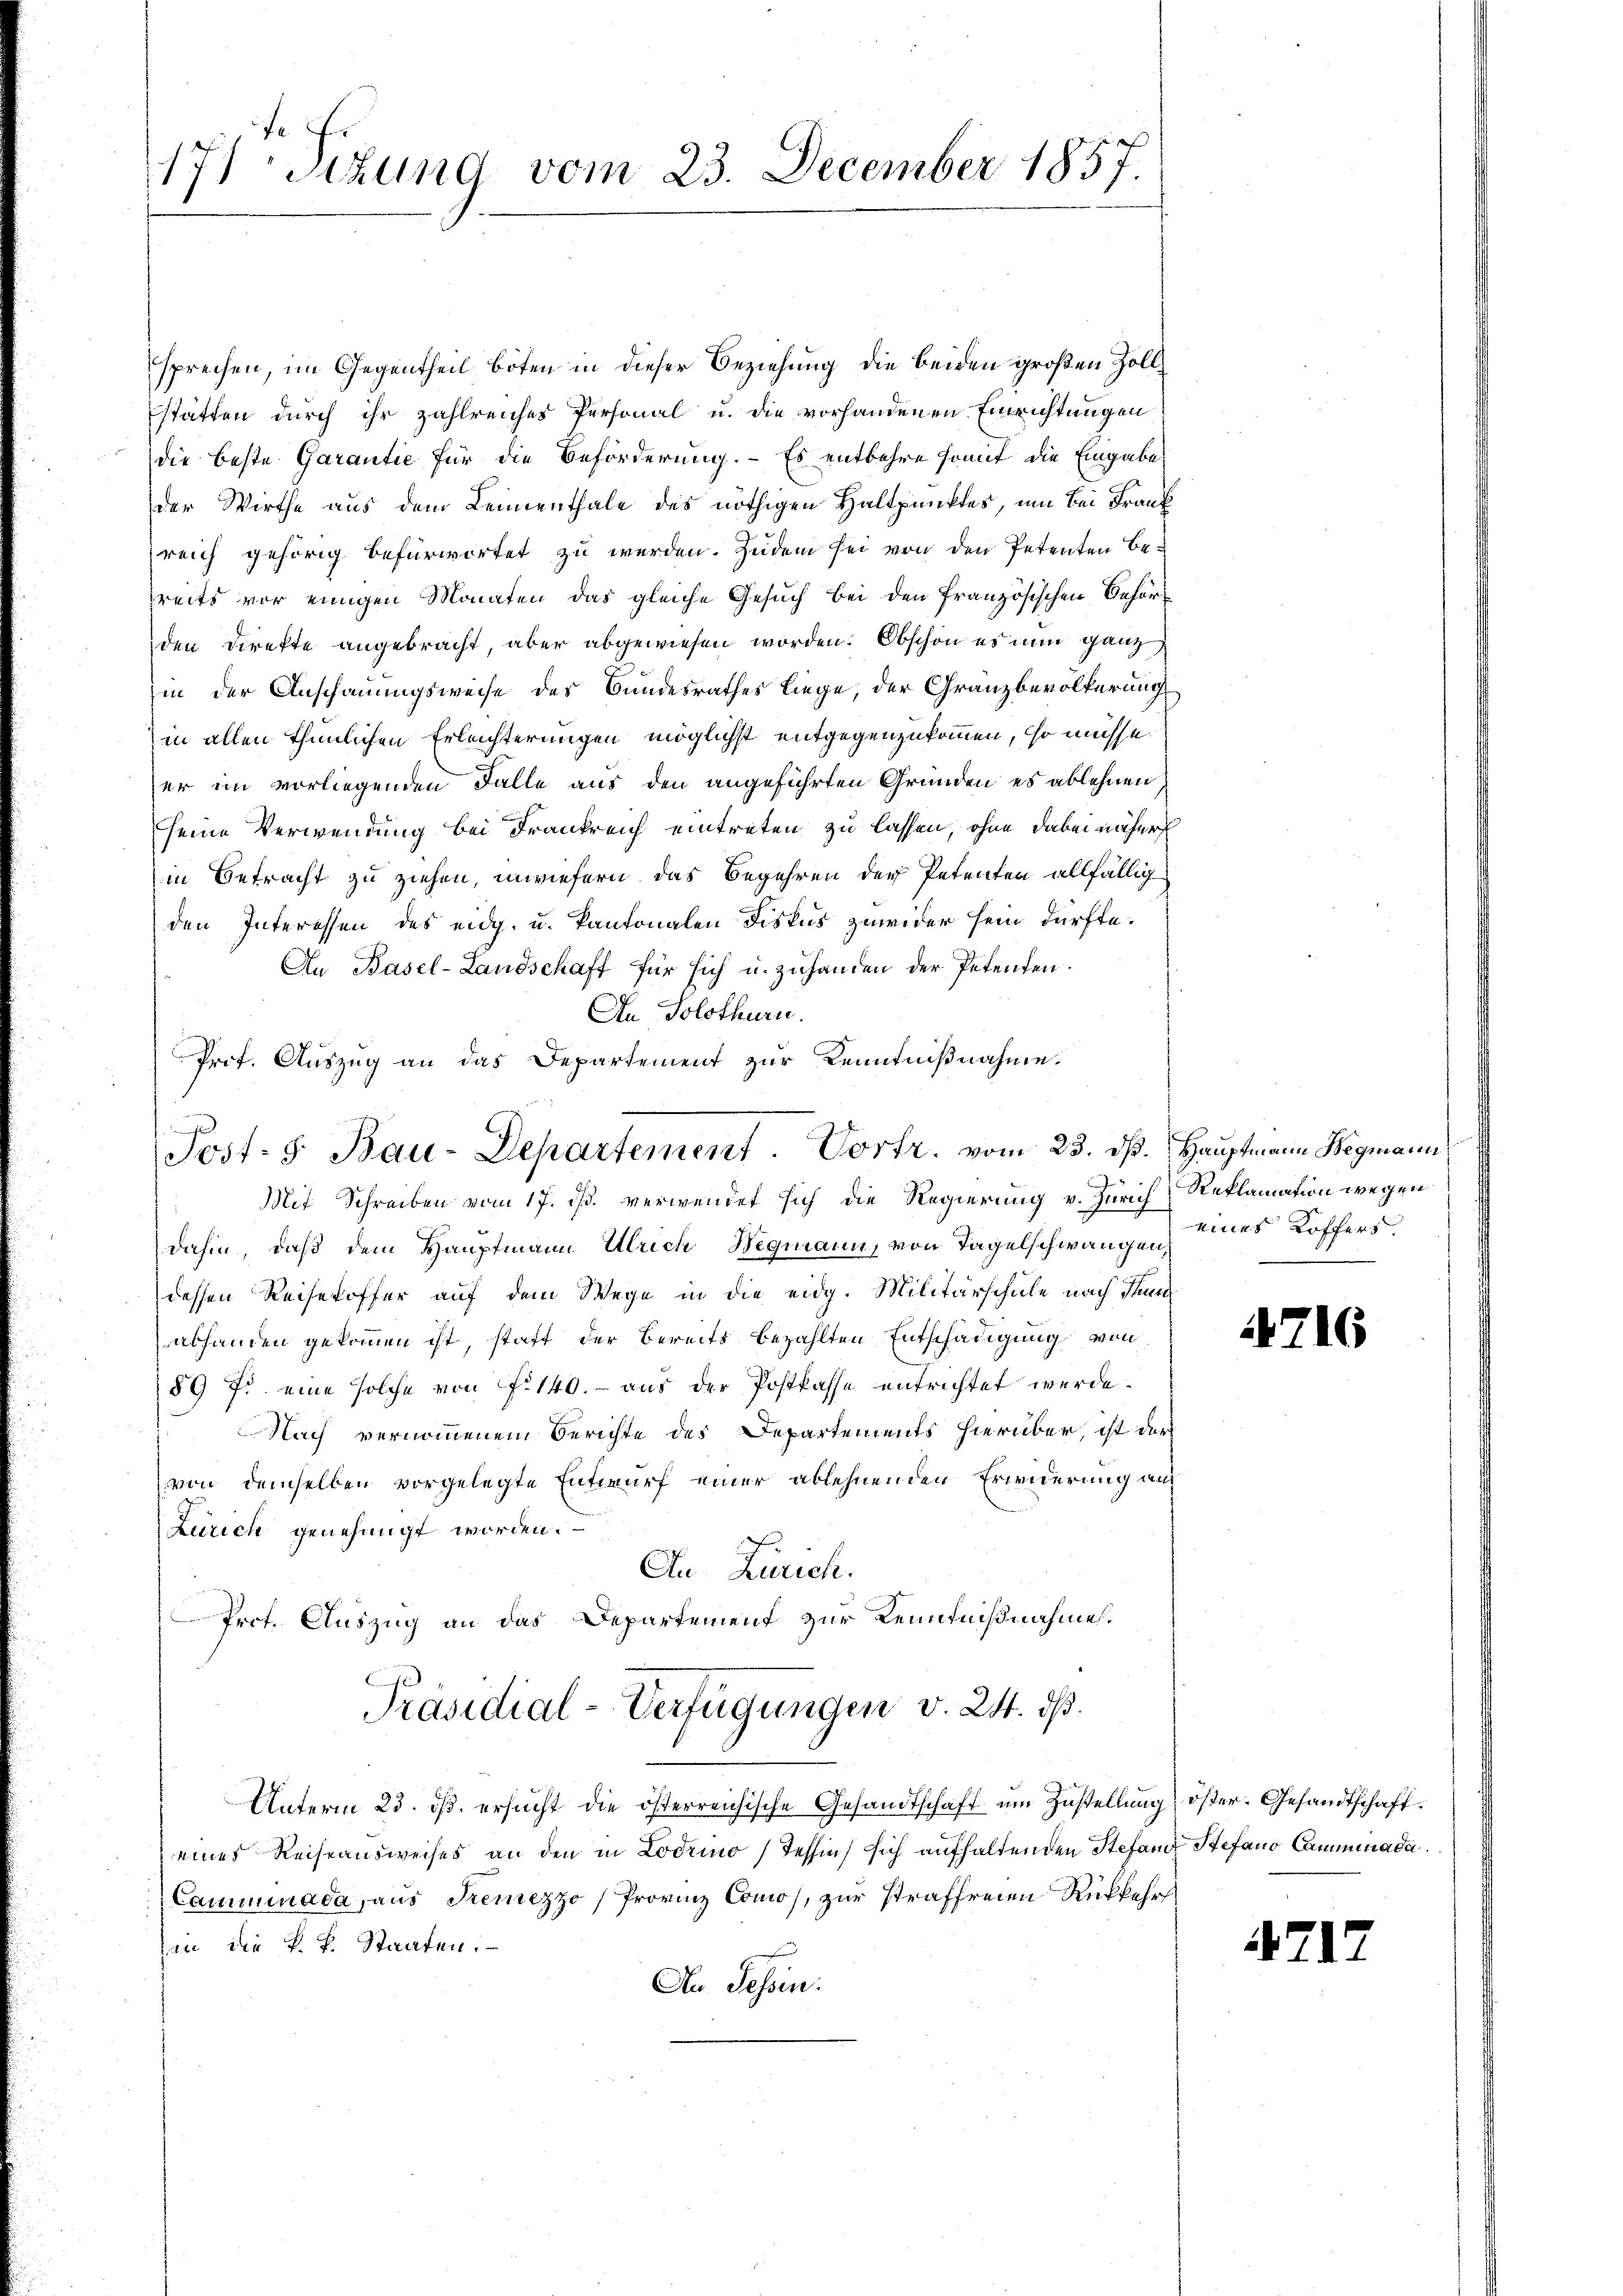
171 schung vom 23. December 1857.

sprechen, im Gegentheil boten in dieser Beziehung die beiden großen Zollstätten durch ihr zahlreiches Personal u. die vorhandenen Einrichtungen
die beste Garantie für die Beförderung. - Es entbehre somit die Eingabes
der Wirthe aus dem Leinenthale des nöthigen Haltpunktes, um bei Frank
reich gehörig befürwortet zu werden. Zudem sei von den Petenten Bereits vor einigen Monaten das gleiche Gesuch bei den französischen Behörden Direkte angebracht, aber abgewiesen worden. Obschon es nun ganz
in der Anschauungsweise des Bundesrathes liege, der Granzbevölkerung
in allen thunlichen Erleichterungen möglichst entgegenzukommen, so müsse
er im vorliegenden Falle aus den angeführten Gründen es ablehnen,
seine Verwendung bei Frankreich eintreten zu lassen, ohne dabei näher
in Betracht zu ziehen, inwiefern das Begehren der Petenten allfällig
den Interessen des eidg. u. kantonalen Fiskus zuwider sein dürfte.
An Basel-Landschaft für sich u. zuhanden der Petenten.
An Solothurn.
Prof. Auszug an das Departement zur Kenntnißnahme.
8
Mit Schreiben vom 17. ds. verwendet sich die Regierung v. Zürich, Reklamation wegen
dahin, daß dem Hauptmann Ulrich Wegmann, von Tagelschwangen eines Koffers
dessen Reisekoffer auf dem Wege in die eidg. Militärschule nach Thun
abhanden gekommen ist, statt der Bereits bezahlten Entschädigung von
89 f. eine solche von F. 140. - aus der Postkasse entrichtet werde.
Nach vernommenem Berichte des Departements hierüber, ist der
von demselben vorgelegte Entwurf einer ablehnenden Erwiderung auf
Zürich genehmigt worden.
An Zürich.
Prot. Auszug an das Departement zur Kenntnißnahme,
Präsidial-Verfügungen v. 24. ds.
Unterm 23. ds. ersucht die österreichische Gesandtschaft um Zustellung öster. Gesandtschaft
eines Reiseausweises an den in Lodrio (Tessin, sich aufhaltenden Stefan Stefano Cammenada
Cammenada, aus Tremezzo /Provinz Como, zur straffreien Rükkehrs
in die k. k. Staaten.
An Fessen:

Post- 5. Bau-Departement. Vortr. vom 23. dß. Hauptmann Wegmann

4716

4717